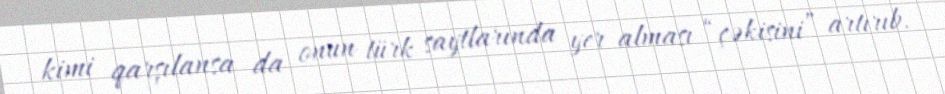
kimi qarşılansa da onun türk saytlarında yer alması “çəkisini” artırıb.